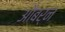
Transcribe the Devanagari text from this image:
औबर्न